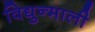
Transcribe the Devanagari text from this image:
विद्युन्माली